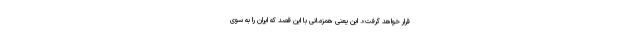
قرار خواهد گرفت». این یعنی همزمانی با این قصد که ایران را به سوی